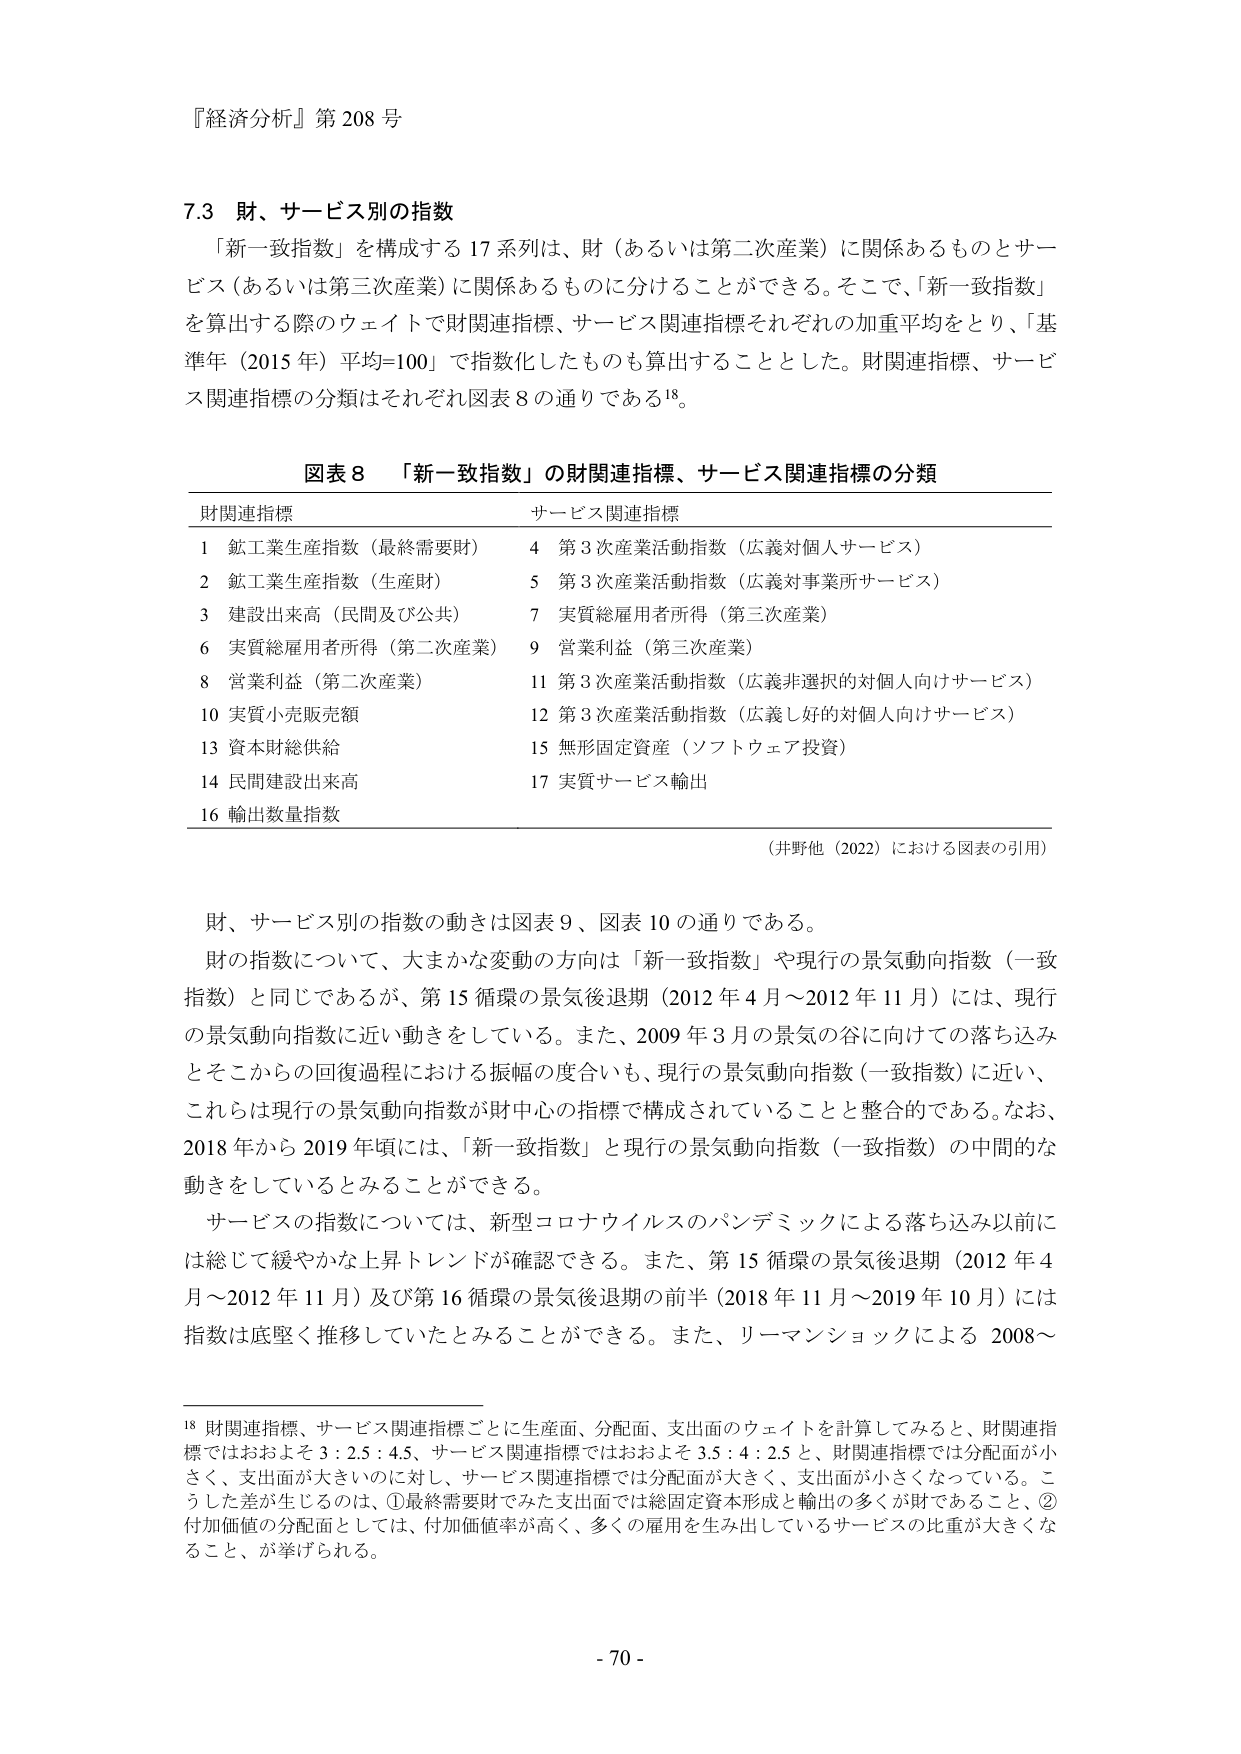
『経済分析』第208号

7.3 財、サービス別の指数
「新一致指数」を構成する17系列は、財（あるいは第二次産業）に関係あるものとサービス（あるいは第三次産業）に関係あるものに分けることができる。そこで、「新一致指数」を算出する際のウェイトで財関連指標、サービス関連指標それぞれの加重平均をとり、「基準年（2015年）平均=100」で指数化したものも算出することとした。財関連指標、サービス関連指標の分類はそれぞれ図表8の通りである18。

図表8 「新一致指数」の財関連指標、サービス関連指標の分類
財関連指標　　　　　　　　　　　　　　　サービス関連指標
1 鉱工業生産指数（最終需要財）　　　　4 第3次産業活動指数（広義対個人サービス）
2 鉱工業生産指数（生産財）　　　　　　5 第3次産業活動指数（広義対事業所サービス）
3 建設出荷高（民間及び公共）　　　　7 実質総雇用者所得（第三次産業）
6 実質総雇用者所得（第二次産業）　　9 営業利益（第三次産業）
8 営業利益（第二次産業）　　　　　　11 第3次産業活動指数（広義非選択的対個人向けサービス）
10 実質小売販売額　　　　　　　　　　12 第3次産業活動指数（広義し好的対個人向けサービス）
13 資本財総供給　　　　　　　　　　　15 無形固定資産（ソフトウェア投資）
14 民間建設出荷高　　　　　　　　　　17 実質サービス輸出
16 輸出数量指数

（井野他（2022）における図表の引用）

財、サービス別の指数の動きは図表9、図表10の通りである。
財の指数について、大まかな変動の方向は「新一致指数」や現行の景気動向指数（一致指数）と同じであるが、第15循環の景気後退期（2012年4月～2012年11月）には、現行の景気動向指数に近い動きをしている。また、2009年3月の景気の谷に向けての落ち込みとそこからの回復過程における振幅の度合いも、現行の景気動向指数（一致指数）に近い、これらは現行の景気動向指数が財中心の指標で構成されていることと整合的である。なお、2018年から2019年頃には、「新一致指数」と現行の景気動向指数（一致指数）の中間的な動きをしているとみることができる。
サービスの指数については、新型コロナウイルスのパンデミックによる落ち込み以前には総じて緩やかな上昇トレンドが確認できる。また、第15循環の景気後退期（2012年4月～2012年11月）及び第16循環の景気後退期の前半（2018年11月～2019年10月）には指数は底堅く推移していたとみることができる。また、リーマンショックによる2008～

18 財関連指標、サービス関連指標ごとに生産面、分配面、支出面のウェイトを計算してみると、財関連指標ではおおよそ3：2.5：4.5、サービス関連指標ではおおよそ3.5：4：2.5と、財関連指標では分配面が小さく、支出面が大きいのに対し、サービス関連指標では分配面が大きく、支出面が小さくなっている。こうした差が生じるのは、①最終需要財でみた支出面では総固定資本形成と輸出の多くが財であること、②付加価値の分配面としては、付加価値率が高く、多くの雇用を生み出しているサービスの比重が大きくなること、が挙げられる。

- 70 -